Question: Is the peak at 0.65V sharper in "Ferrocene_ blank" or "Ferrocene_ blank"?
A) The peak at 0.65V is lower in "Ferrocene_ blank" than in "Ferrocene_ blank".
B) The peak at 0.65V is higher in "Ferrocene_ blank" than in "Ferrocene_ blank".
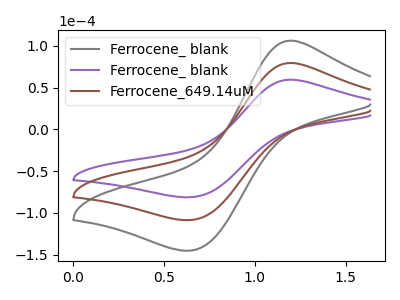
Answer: <think>The gray curve "Ferrocene_ blank" has an anodic peak at (1.20V, 158.80uA) and a cathodic peak at (0.65V, -217.30uA). The purple curve "Ferrocene_ blank" has an anodic peak at (1.20V, 59.40uA) and a cathodic peak at (0.65V, -81.30uA). The brown curve "Ferrocene_649.14uM" has an anodic peak at (1.20V, 79.40uA) and a cathodic peak at (0.65V, -108.65uA).</think>
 <answer>B) The peak at 0.65V is higher in "Ferrocene_ blank" than in "Ferrocene_ blank".</answer>
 <eval>B</eval>